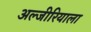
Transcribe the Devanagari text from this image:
अल्जीरियाला